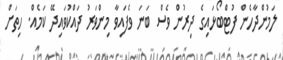
ލަމުންދާހެން ފުޓްބޯޅައިގެ ދިރުން ވެސް ބަނަ ވެފައިވާ މިންވަރު ދައްކުވައިދޭ ކަމެއް. ހިތަށް